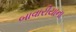
બાવારીયાના